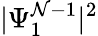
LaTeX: |\Psi_{1}^{\mathcal{N}-1}|^{2}